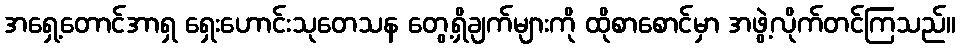
အရှေ့တောင်အာရှ ရှေးဟောင်းသုတေသန တွေ့ရှိချက်များကို ထိုစာစောင်မှာ အဖွဲ့လိုက်တင်ကြသည်။